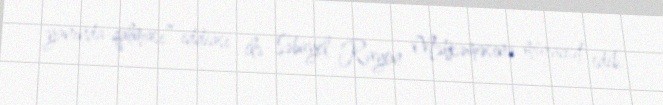
yanında qalması” iddiası ilə Səbayel Rayon Məhkəməsinə müraciət edib.